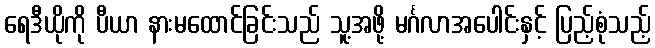
ရေဒီယိုကို ပီယာ နားမထောင်ခြင်းသည် သူ့အဖို့ မင်္ဂလာအပေါင်းနှင့် ပြည့်စုံသည့်